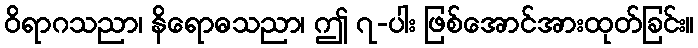
ဝိရာဂသညာ၊ နိရောဓသညာ၊ ဤ ၇-ပါး ဖြစ်အောင်အားထုတ်ခြင်း။